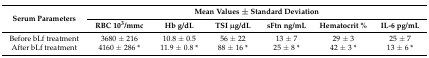
<table><thead><tr><td rowspan="2"><b>Serum Parameters</b></td><td colspan="6"><b>Mean Values ± Standard Deviation</b></td></tr><tr><td><b>RBC 10<sup>3</sup>/mmc</b></td><td><b>Hb g/dL</b></td><td><b>TSI μg/dL</b></td><td><b>sFtn ng/mL</b></td><td><b>Hematocrit %</b></td><td><b>IL-6 pg/mL</b></td></tr></thead><tbody><tr><td>Before bLf treatment</td><td>3680 ± 216</td><td>10.8 ± 0.5</td><td>56 ± 22</td><td>13 ± 7</td><td>29 ± 3</td><td>25 ± 7</td></tr><tr><td>After bLf treatment</td><td>4160 ± 286 *</td><td>11.9 ± 0.8 *</td><td>88 ± 16 *</td><td>25 ± 8 *</td><td>42 ± 3 *</td><td>13 ± 6 *</td></tr></tbody></table>